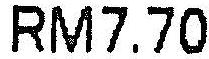
RM7.70